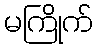
မကြိုက်